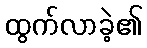
ထွက်လာခဲ့၏